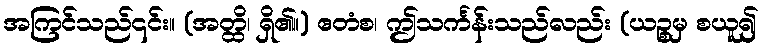
အကြင်သည်၎င်း။ (အတ္ထိ၊ ရှိ၏။) ဧတံစ၊ ဤသင်္ကန်းသည်လည်း (ယဉ္စမှ စယူ၍